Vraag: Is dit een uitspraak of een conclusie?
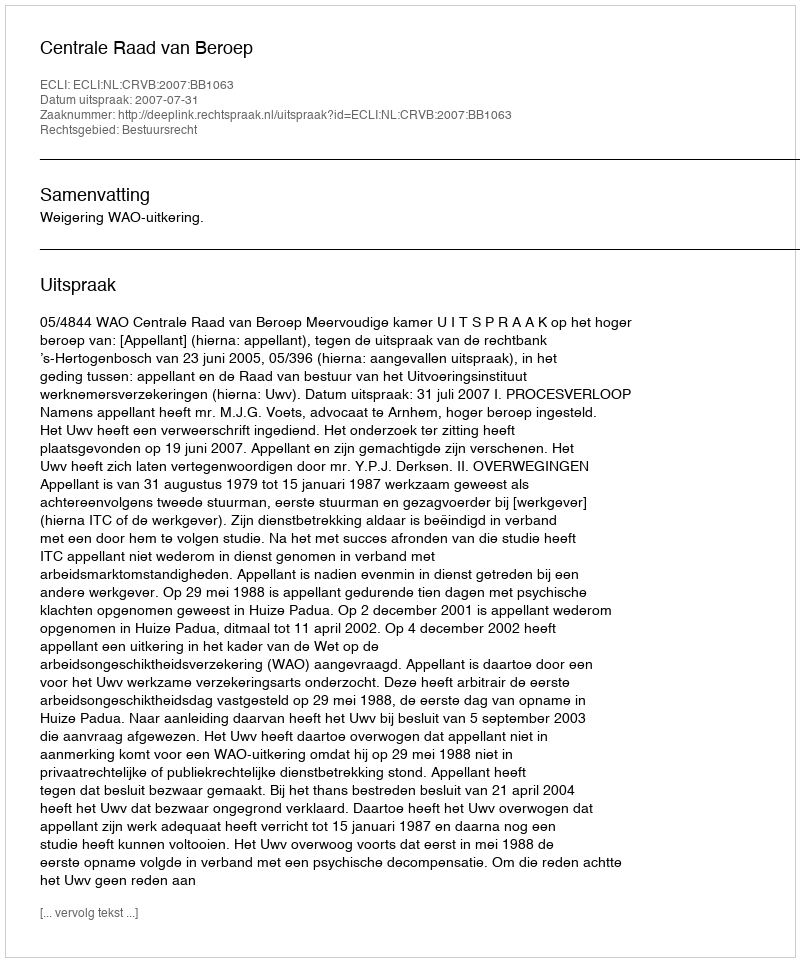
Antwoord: Uitspraak